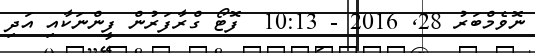
ނޮވެމްބަރު 28